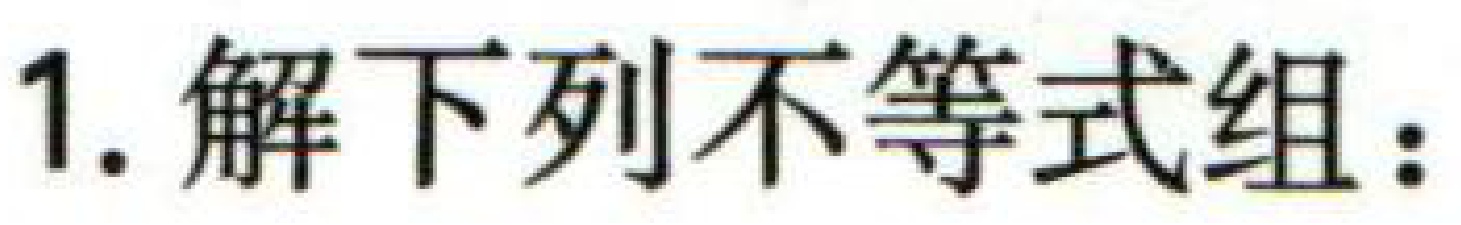
1. 解下列不等式组：